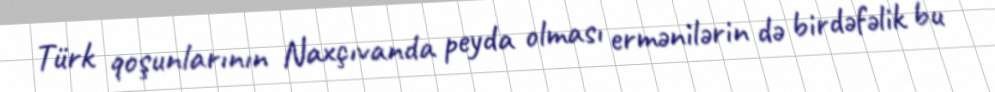
Türk qoşunlarının Naxçıvanda peyda olması ermənilərin də birdəfəlik bu